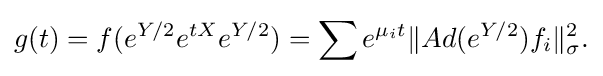
\displaystyle {g(t)=f(e^{Y/2}e^{tX}e^{Y/2})=\sum e^{\mu _{i}t}\|Ad(e^{Y/2})f_{i}\|_{\sigma }^{2}.}